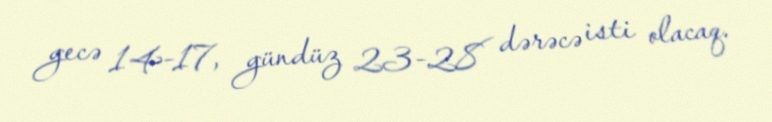
gecə 14-17, gündüz 23-28 dərəcə isti olacaq.